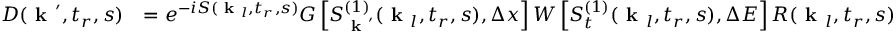
\begin{array} { r l } { D ( \textbf { k } ^ { \prime } , t _ { r } , s ) } & { = e ^ { - i S ( \textbf { k } _ { l } , t _ { r } , s ) } G \left[ S _ { \textbf { k } ^ { \prime } } ^ { ( 1 ) } ( \textbf { k } _ { l } , t _ { r } , s ) , \Delta x \right] W \left[ S _ { t } ^ { ( 1 ) } ( \textbf { k } _ { l } , t _ { r } , s ) , \Delta E \right] R ( \textbf { k } _ { l } , t _ { r } , s ) } \end{array}